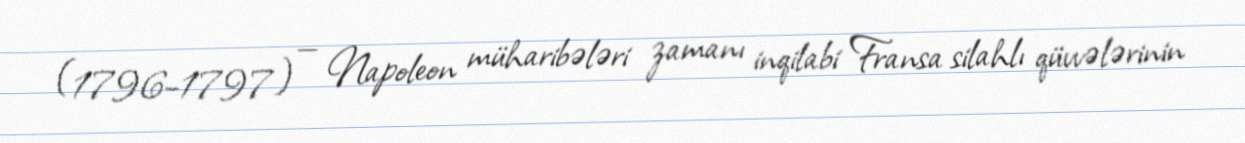
(1796–1797) — Napoleon müharibələri zamanı inqilabi Fransa silahlı qüvvələrinin